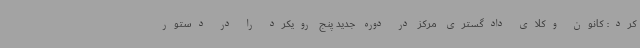
کرد: کانون وکلای دادگستری مرکز در دوره جدید پنج رویکرد را در دستور